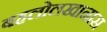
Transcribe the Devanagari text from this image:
बहलोलखानास